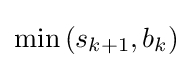
\min {(s_{k+1},b_{k})}